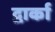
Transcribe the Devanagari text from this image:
द्वार्का